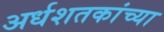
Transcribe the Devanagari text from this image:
अर्धशतकांच्या